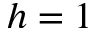
h = 1